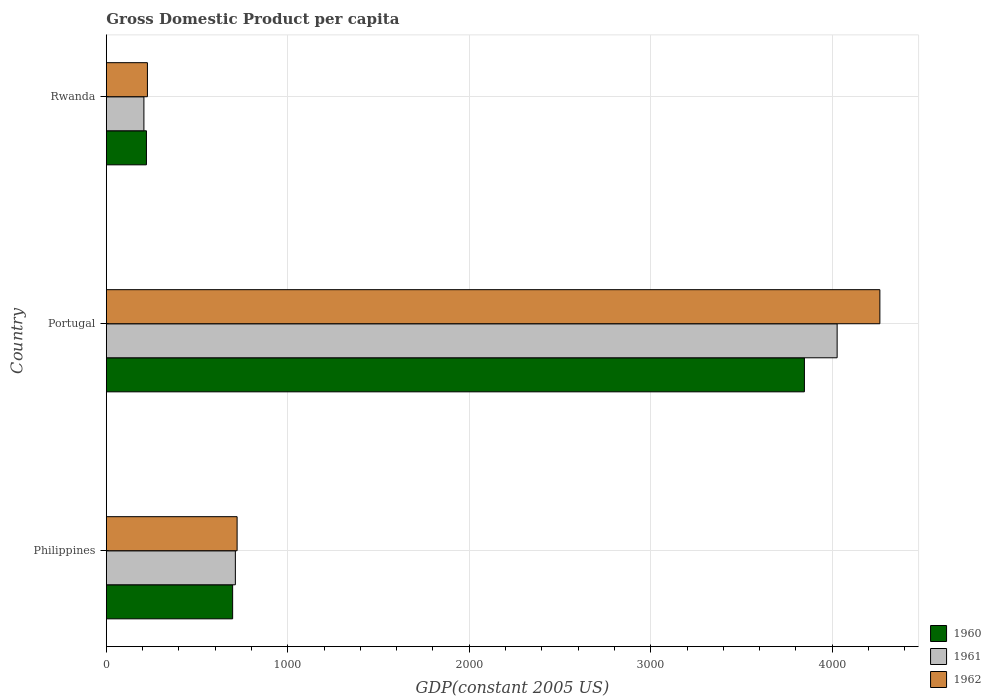
| Country | 1960 | 1961 | 1962 |
 | --- | --- | --- | --- |
 | Philippines | 696 | 711 | 721 |
 | Portugal | 3.85e+03 | 4.03e+03 | 4.26e+03 |
 | Rwanda | 221 | 207 | 226 |